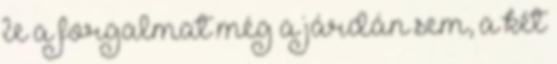
le a forgalmat még a járdán sem, a két